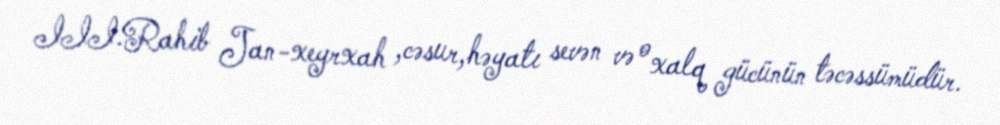
III.Rahib Jan-xeyrxah ,cəsur,həyatı sevən və o xalq gücünün təcəssümüdür.